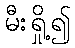
မီးရှို့၍